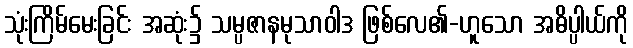
သုံးကြိမ်မေးခြင်း အဆုံး၌ သမ္ပဇာနမုသာဝါဒ ဖြစ်လေ၏-ဟူသော အဓိပ္ပါယ်ကို